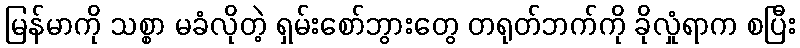
မြန်မာကို သစ္စာ မခံလိုတဲ့ ရှမ်းစော်ဘွားတွေ တရုတ်ဘက်ကို ခိုလှုံရာက စပြီး